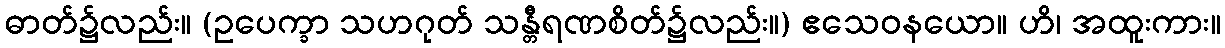
ဓာတ်၌လည်း။ (ဥပေက္ခာ သဟဂုတ် သန္တီရဏစိတ်၌လည်း။) ဧသေဝနယော။ ဟိ၊ အထူးကား။